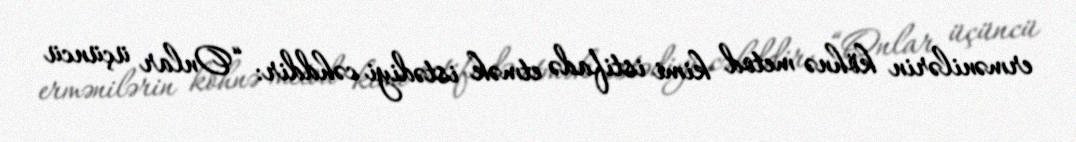
ermənilərin köhnə metod kimi istifadə etmək istədiyi cəhddir: “Onlar üçüncü